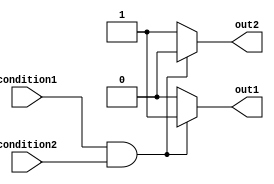
module behavioral_block (
    // Inputs
    input wire condition1,
    input wire condition2,
    // Outputs
    output reg out1,
    output reg out2
);

always @* begin
    if (condition1 && condition2) begin
        // Perform operations if condition1 and condition2 are true
        out1 = 1'b1;
        out2 = 1'b0;
    end
    else begin
        // Perform operations if either condition1 or condition2 is false
        out1 = 1'b0;
        out2 = 1'b1;
    end
end

endmodule